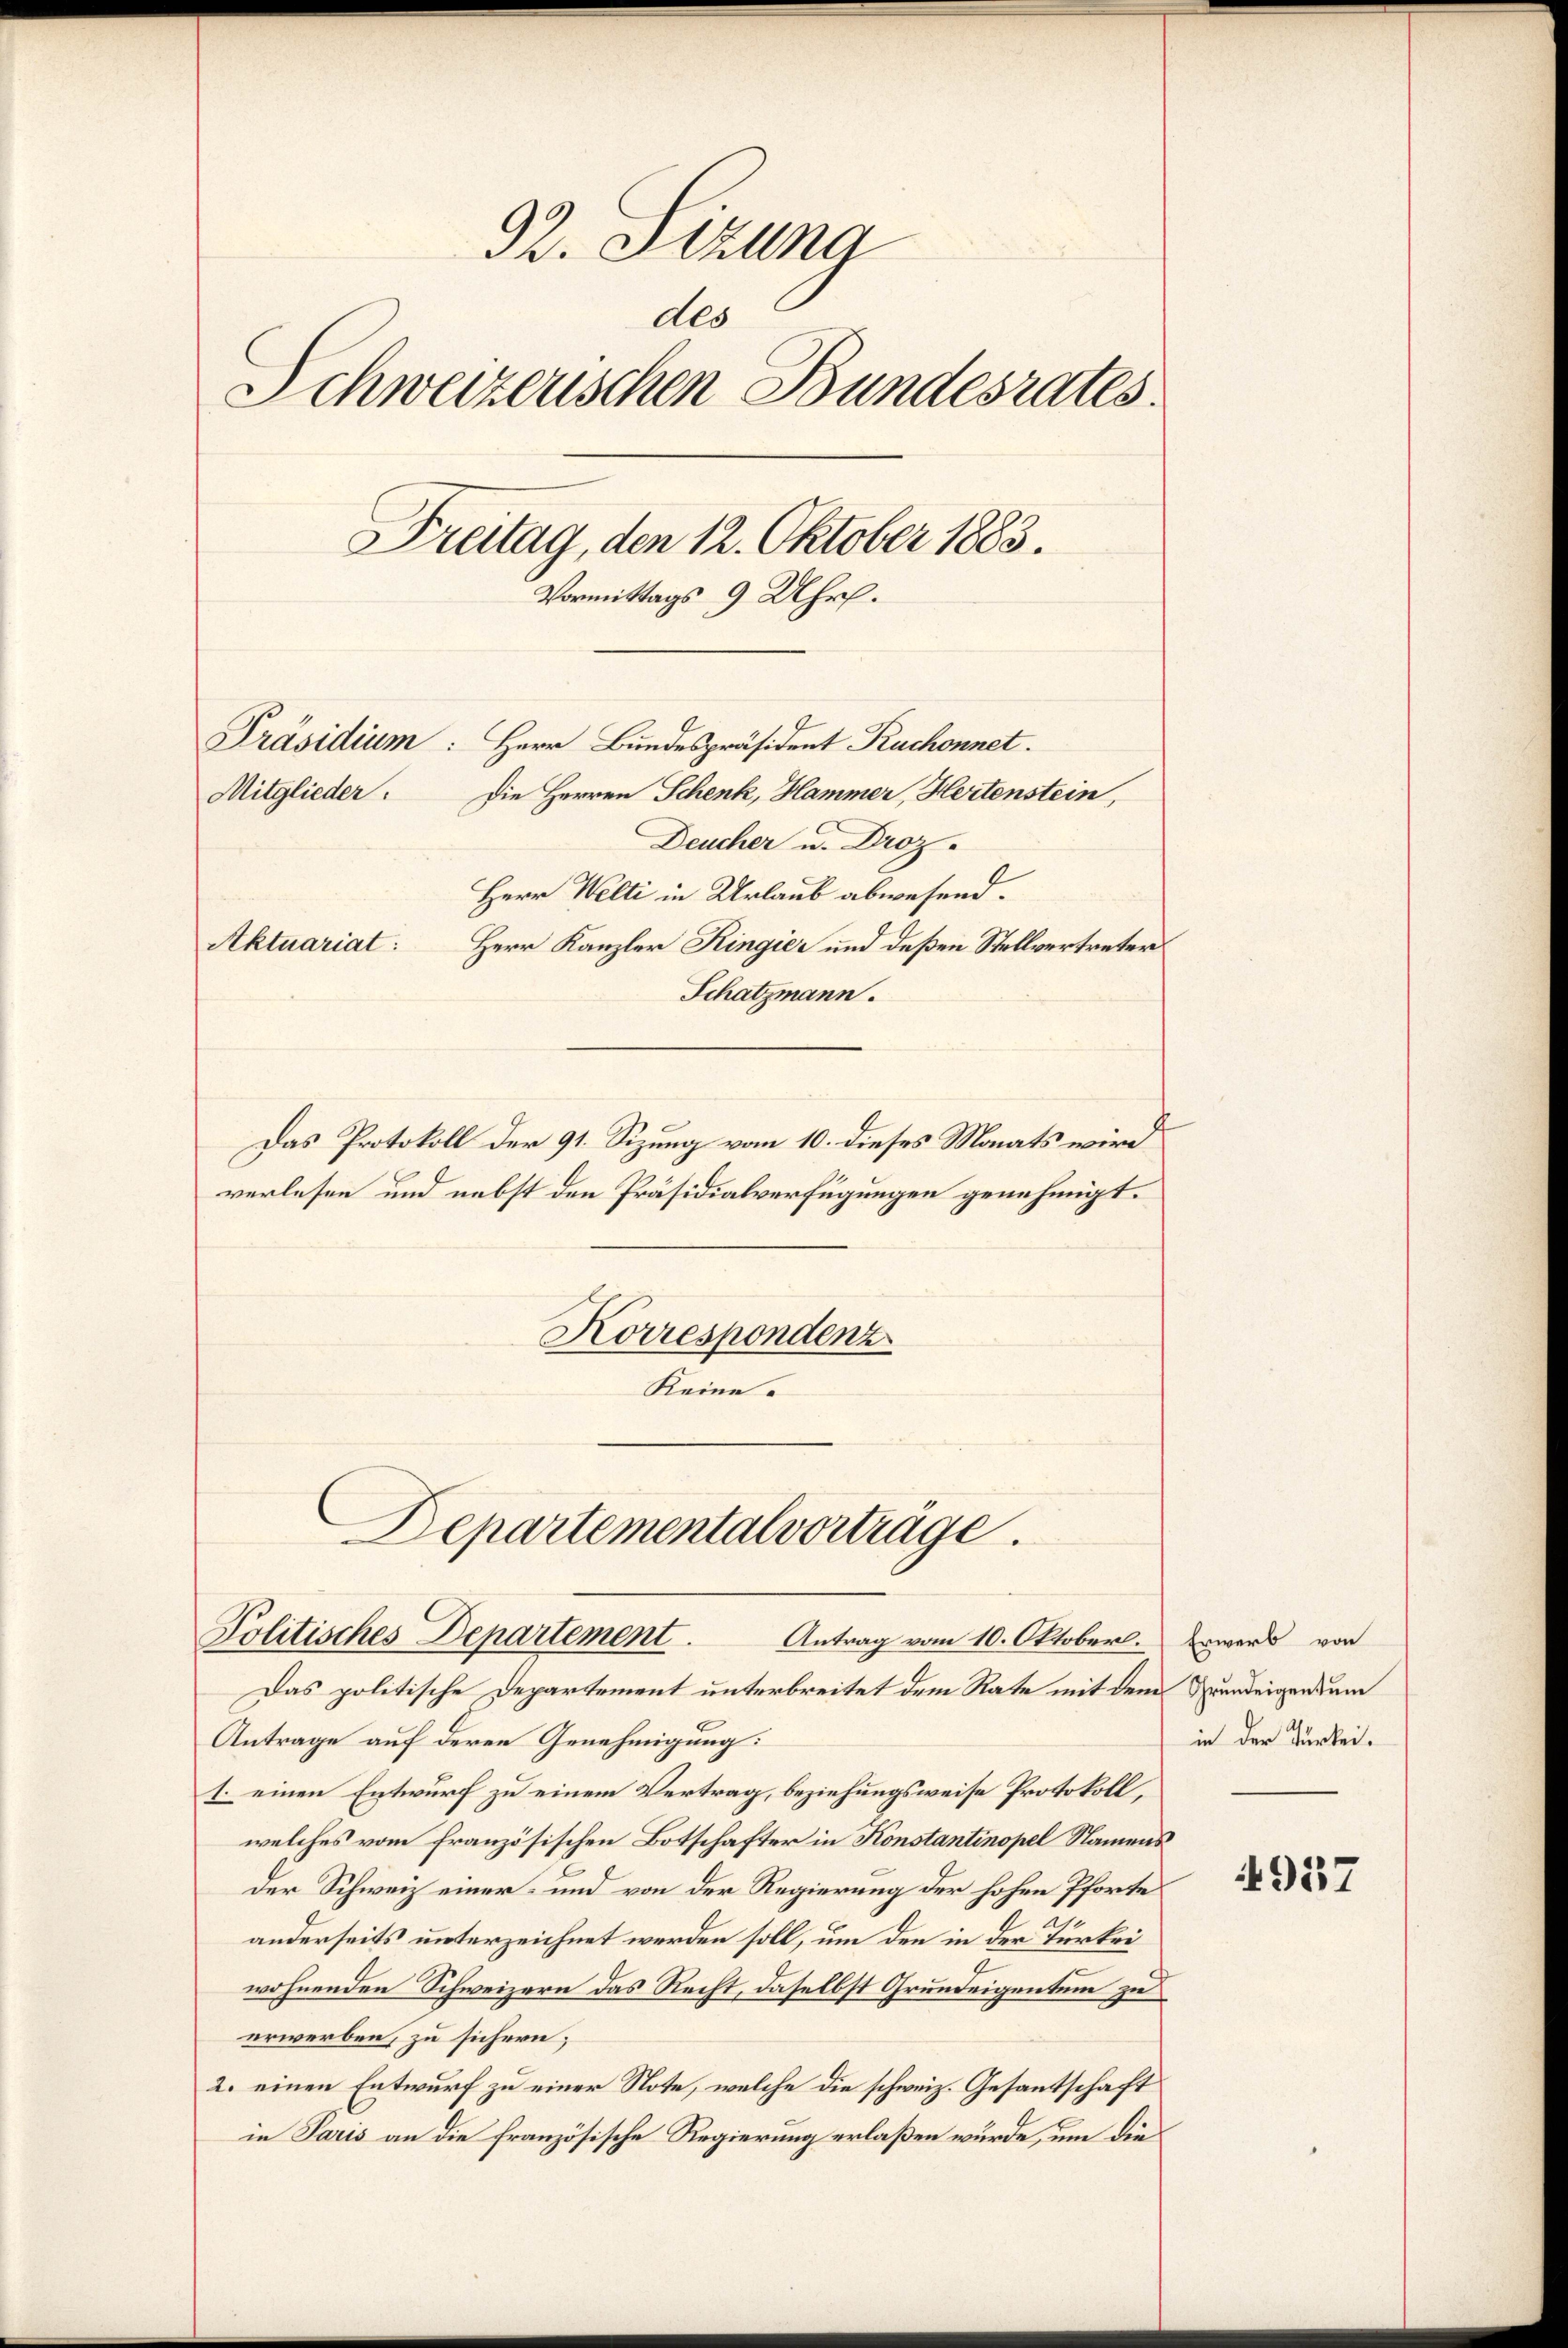
92. Sizung
des
Schweizerischen Bundesrates.
Freitag, den 12. Oktober 1883.
Vormittags 9 Uhr.
Präsidium: Herr Bundespräsident Ruchonnet.
Die Herren Schenk, Hammer, Hertenstein,
Mitglieder:
Deucher u. Droz.
Herr Welti in Urlaub abwesend.
Aktuariat:
Herr Kanzler Ringier und deßen Stellvertreter
Schatzmann.

Das Protokoll der 91. Sizung vom 10. dieses Monats wird
verlesen und nebst den Präsidialverfügungen genehmigt.
Korrespondenz
Keine
Departemental vorträge.

Politisches Departement.
Antrag vom 10. Oktober. Erwerb von

Das politische Departement unterbreitet dem Rate mit dem Wundeigendem
Antrage auf deren Genehmigung:
1. einen Entwurf zu einem Vertrag, beziehungsweise Protokoll,
welches vom französischen Botschafter in Konstantinopel Namens
Der Schweiz einer- und von der Regierung der hohen Pforte
anderseits unterzeichnet werden soll, um den in der Türkei
wohnenden Schweizern das Recht, daselbst Grundeigentum zu
erwerben, zu sichern;
2. einen Entwurf zu einer Note, welche die schweiz. Gesantschaft
in Paris an die französische Regierung erlaßen wurde, um die

in der Türkei.

4957